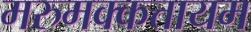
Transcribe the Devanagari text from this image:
मरुमक्कत्तायम